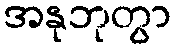
အနုဘုတွာ